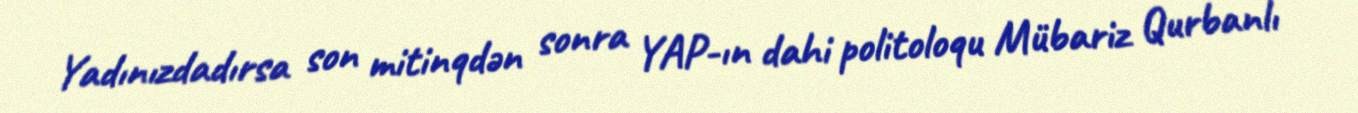
Yadınızdadırsa son mitinqdən sonra YAP-ın dahi politoloqu Mübariz Qurbanlı